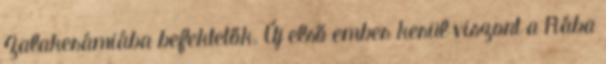
Zalakerámiába befektetők. Új első ember kerül viszont a Rába